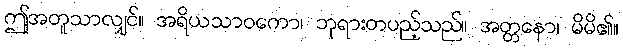
ဤအတူသာလျှင်။ အရိယသာဝကော၊ ဘုရားတပည့်သည်။ အတ္တနော၊ မိမိ၏။